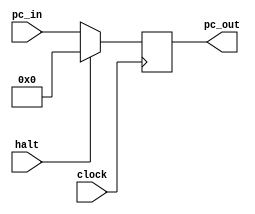
//Program Counter
module PC(clock, pc_in, pc_out, halt);

input clock;	
input halt;	//Instruo halt
input[7:0] pc_in; // Instruo

//saida
output reg [7:0]pc_out;

initial 
begin;
	pc_out = 0;
end

always @(posedge clock) begin
	pc_out = halt ? 0:pc_in;
end

endmodule